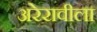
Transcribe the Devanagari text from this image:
अरेरावीला